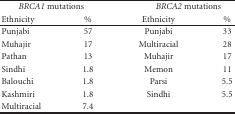
| <COLSPAN=2> BRCA1 mutations | <COLSPAN=2> BRCA2 mutations |
 | Ethnicity | % | Ethnicity | % |
 | --- | --- | --- | --- |
 | Punjabi | 57 | Punjabi | 33 |
 | Muhajir | 17 | Multiracial | 28 |
 | Pathan | 13 | Muhajir | 17 |
 | Sindhi | 1.8 | Memon | 11 |
 | Balouchi | 1.8 | Parsi | 5.5 |
 | Kashmiri | 1.8 | Sindhi | 5.5 |
 | Multiracial | 7.4 |  |  |